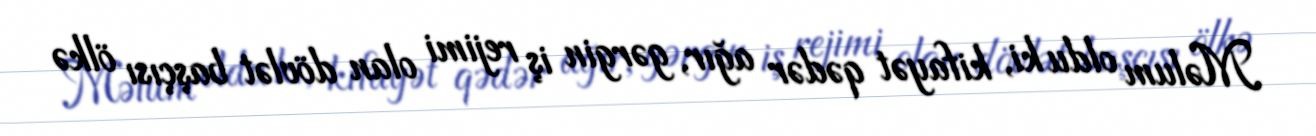
Məlum oldu ki, kifayət qədər ağır, gərgin iş rejimi olan dövlət başçısı ölkə